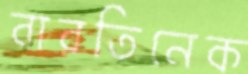
বারতিনেক